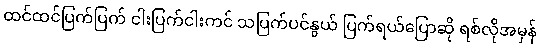
ထင်ထင်ပြက်ပြက် ငါးပြက်ငါးကင် သပြက်ပင်နွယ် ပြက်ရယ်ပြောဆို ရစ်လိုအမှန်